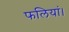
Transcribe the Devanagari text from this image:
फलियां।